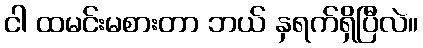
ငါ ထမင်းမစားတာ ဘယ် နှရက်ရှိပြီလဲ။